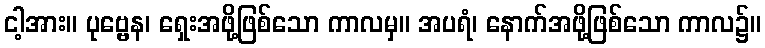
ငါ့အား။ ပုဗ္ဗေန၊ ရှေးအဖို့ဖြစ်သော ကာလမှ။ အပရံ၊ နောက်အဖို့ဖြစ်သော ကာလ၌။